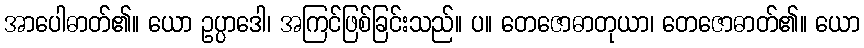
အာပေါဓာတ်၏။ ယော ဥပ္ပာဒေါ၊ အကြင်ဖြစ်ခြင်းသည်။ ပ။ တေဇောဓာတုယာ၊ တေဇောဓာတ်၏။ ယော